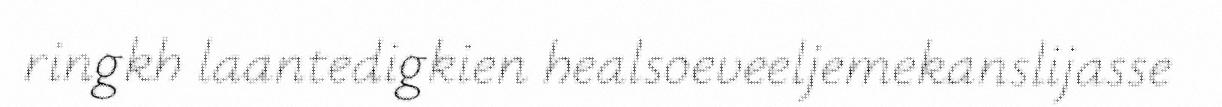
ringkh laantedigkien healsoeveeljemekanslijasse